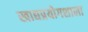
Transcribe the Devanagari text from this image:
खाद्यप्रयोगशाला